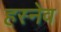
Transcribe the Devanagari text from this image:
हस्नेव